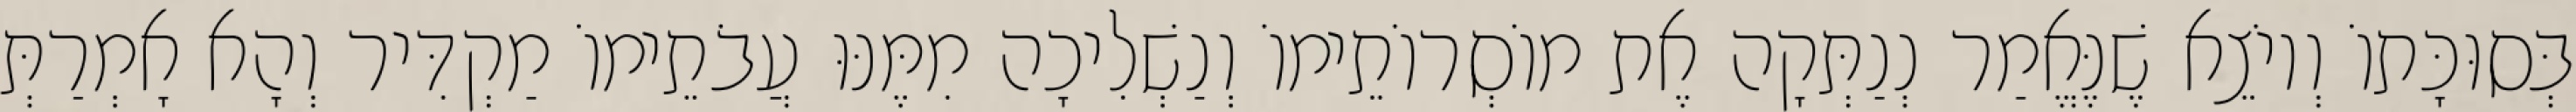
בְּסוּכָּתוֹ וְיוֹצֵא שֶׁנֶּאֱמַר נְנַתְּקָה אֶת מוֹסְרוֹתֵימוֹ וְנַשְׁלִיכָה מִמֶּנּוּ עֲבֹתֵימוֹ מַקְדִּיר וְהָא אָמְרַתְּ